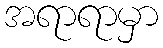
အရာရာမှာ